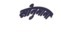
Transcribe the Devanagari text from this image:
सोनुमामा